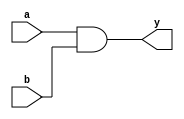
// Module for Boolean AND Gate
// @sprsr
///////////////////////////////////////////////////////
module AND_GATE(input a, input b, output y);
    assign y = a & b;
endmodule